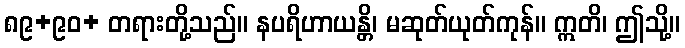
၈၉+၉၀+ တရားတို့သည်။ နပရိဟာယန္တိ၊ မဆုတ်ယုတ်ကုန်။ ဣတိ၊ ဤသို့။